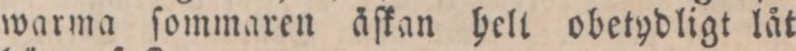
warma ſommaren äſkan heli obetydligt låt